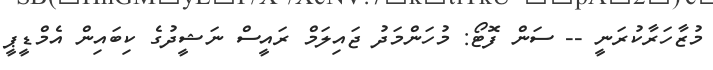
މުޒާހަރާކުރަނީ -- ސަން ފޮޓޯ: މުހަންމަދު ޖައިލަމް ރައީސް ނަޝީދުގެ ކިބައިން އެމްޑީޕީ